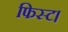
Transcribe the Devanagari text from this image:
फिस्ट।